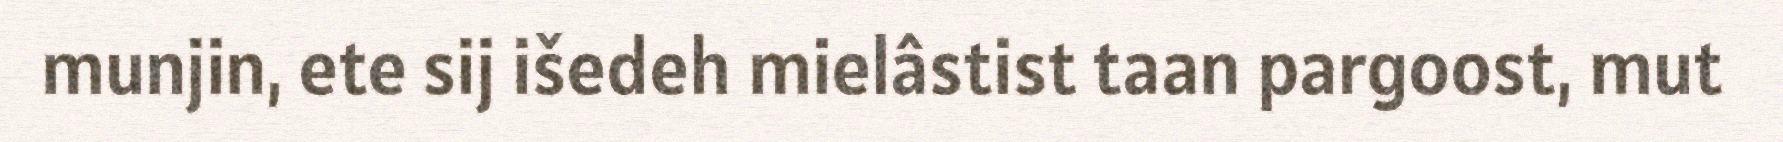
munjin, ete sij išedeh mielâstist taan pargoost, mut